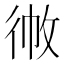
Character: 𢓹